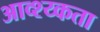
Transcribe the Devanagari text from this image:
आव्श्य्कता